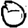
Digit: 0